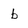
Character: b